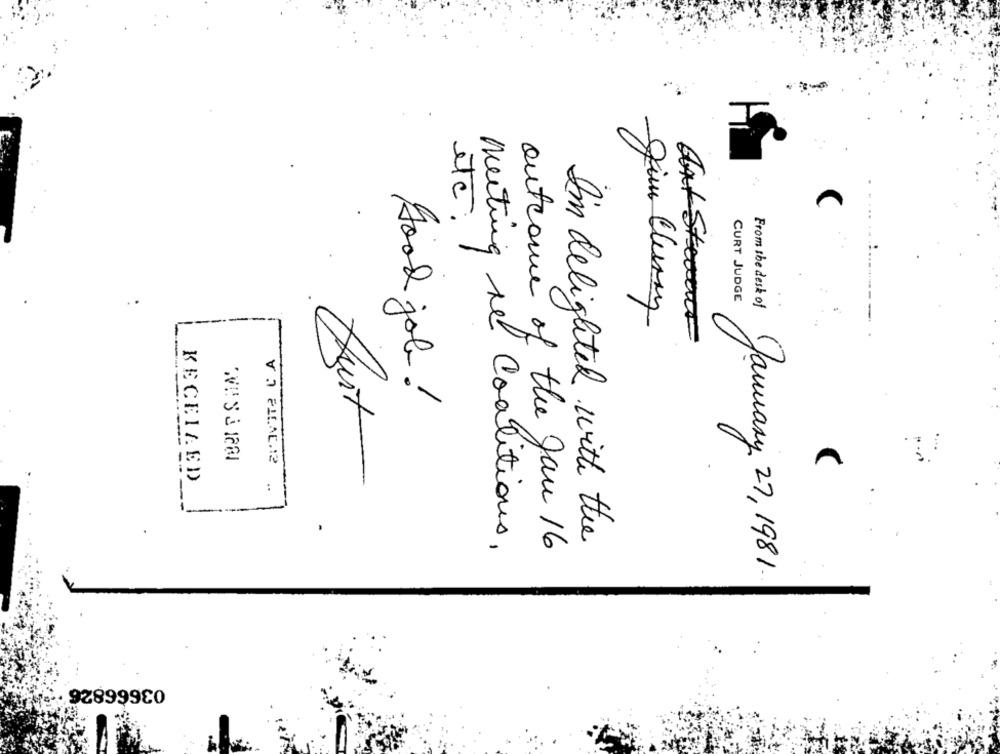
etc.
CURT JUDGE
From the desk of
Jim Cherry
--.
good job!
u.
Art
VI PILAC.12
KECEIAED
:
I'm delighted with the
meeting re Coalitions,
outcome of the Jan 16
January 27 , 1981.
03666826